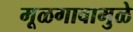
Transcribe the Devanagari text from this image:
मूळगावामुळे